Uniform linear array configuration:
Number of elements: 32
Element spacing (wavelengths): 0.75
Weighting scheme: exponential
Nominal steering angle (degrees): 15
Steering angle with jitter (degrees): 16.557
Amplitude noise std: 0.05
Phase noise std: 0.05

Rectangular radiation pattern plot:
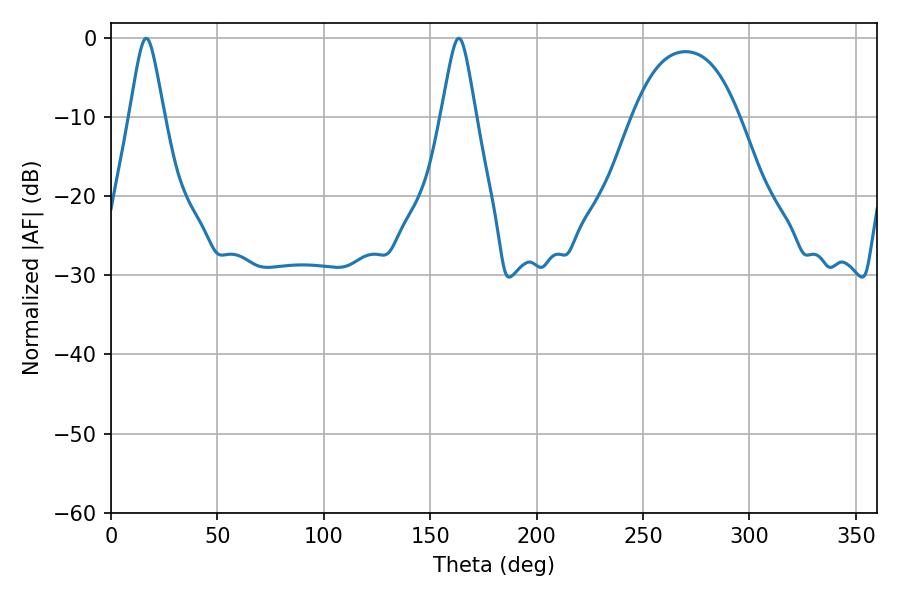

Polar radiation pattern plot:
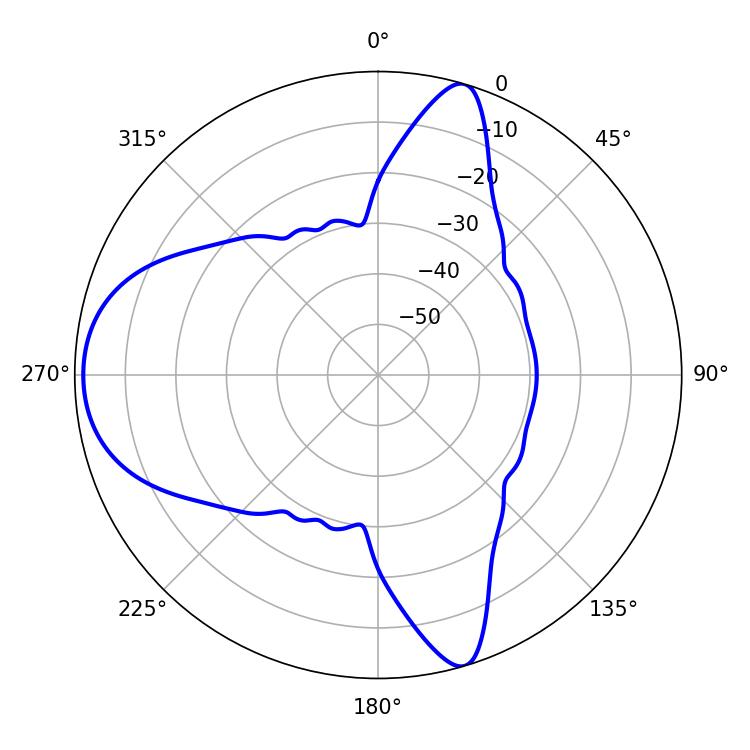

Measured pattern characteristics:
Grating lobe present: TRUE
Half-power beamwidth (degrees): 7.74
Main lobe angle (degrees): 16.56